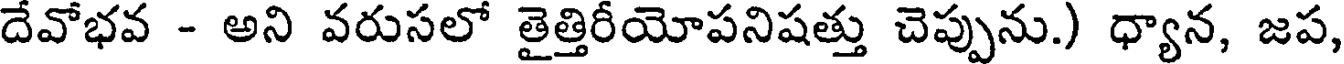
దేవోభవ - అని వరుసలో తైత్తిరీయోపనిషత్తు చెప్పును.) ధ్యాన, జప,